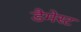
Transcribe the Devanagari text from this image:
डैमेस्ट